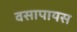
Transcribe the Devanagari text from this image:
वसापायस